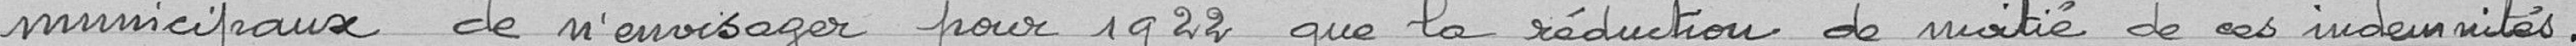
municipaux de n'envisager pour 1922 que la réduction de moitié de ces indemnités.